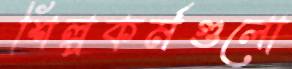
শিল্পকর্মগুলো